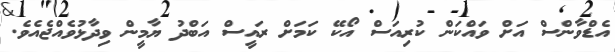
އެޑްވާންސް އަށް ވައްކަން ކުރިއަސް އޯކޭ ކަމަށް ރައީސް އަބްދު ޔާމީން ވިދާޅުވެއްޖެއެވެ.